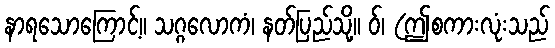
နာရသောကြောင့်။ သဂ္ဂလောကံ၊ နတ်ပြည်သို့။ ဝ်၊ (ဤစကားလုံးသည်